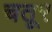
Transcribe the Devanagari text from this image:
चतूर